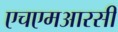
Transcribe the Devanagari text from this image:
एचएमआरसी